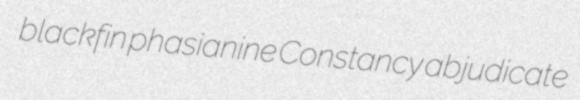
blackfin phasianine Constancy abjudicate